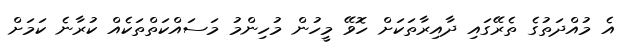
އެ މުއްދަތުގެ ތެރޭގައި ދާއިރާތަކަށް ހޮވޭ މީހުން މުހިންމު މަސައްކަތްތަކެއް ކުރާނެ ކަމަށް